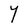
Character: Y